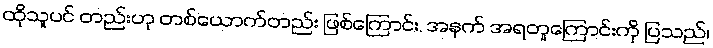
ထိုသူပင် တည်းဟု တစ်ယောက်တည်း ဖြစ်ကြောင်း, အနက် အရတူကြောင်းကို ပြသည်၊